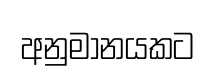
අනුමානයකට